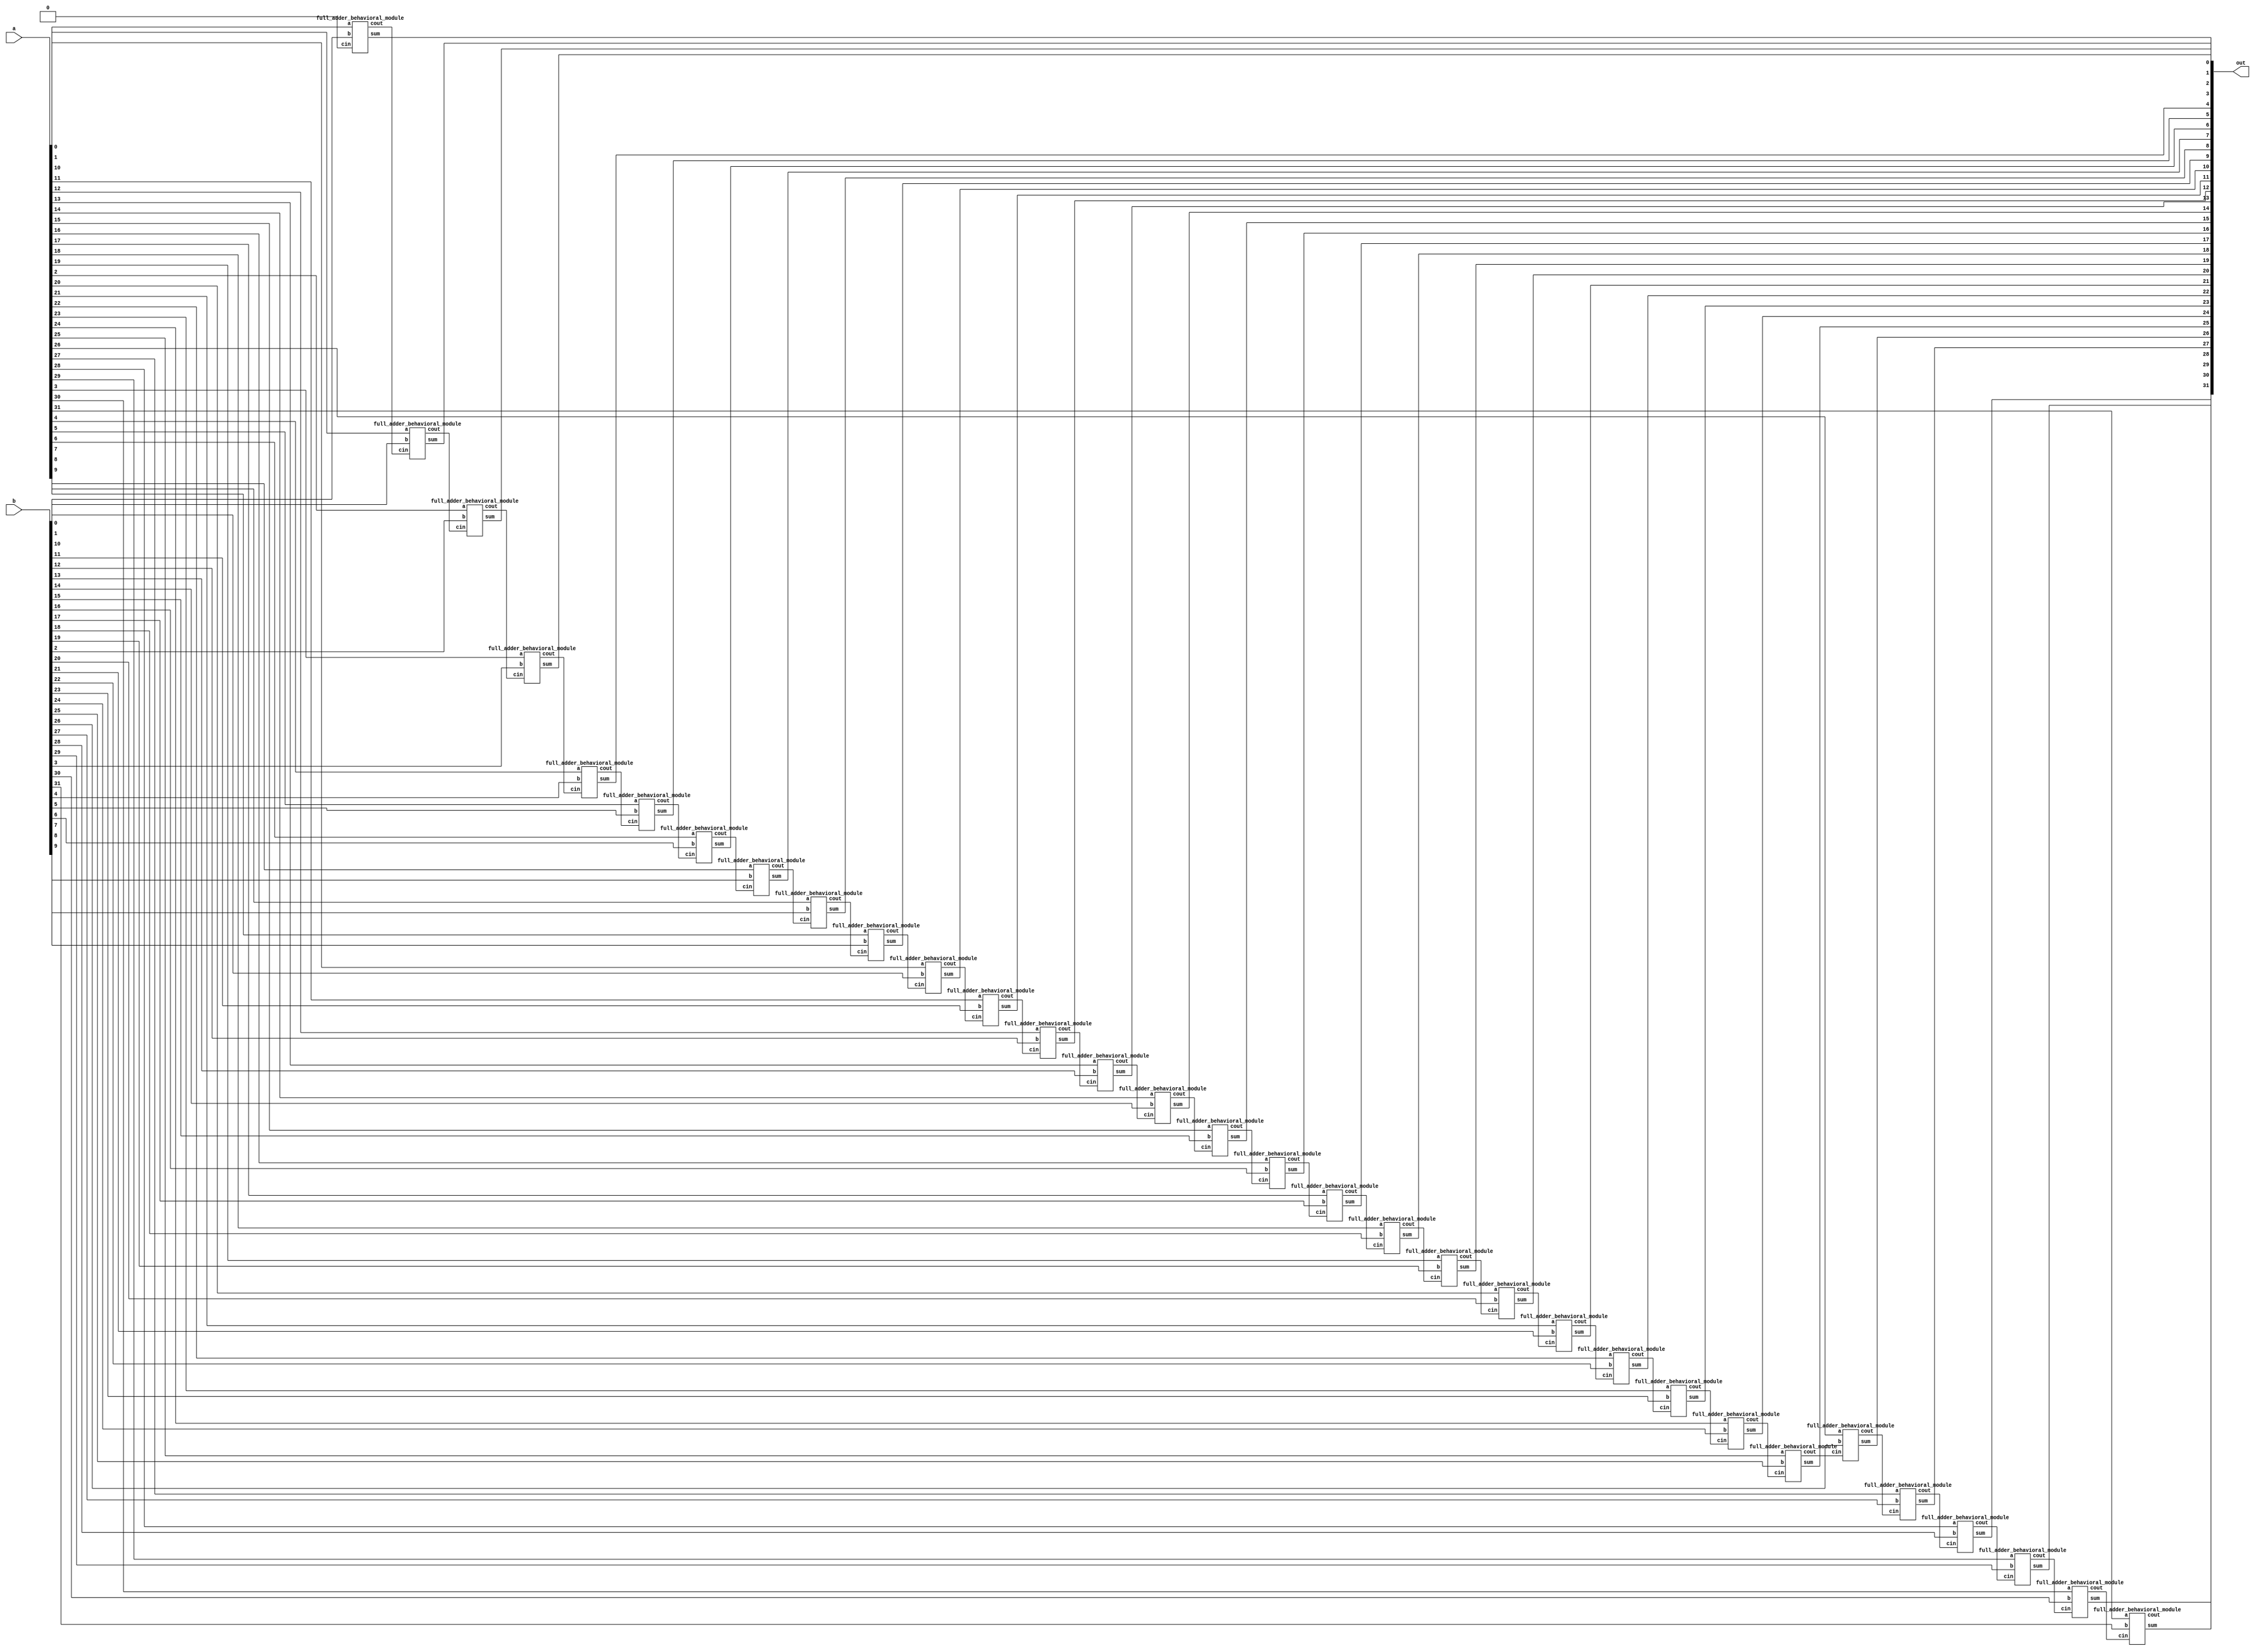
module ADD (

	input [31:0] a, b,
	output [31:0] out

	);

	wire [30:0] cw; //for carry 
	full_adder_behavioral_module FA0(.a(a[0]), .b(b[0]), .cin(1'b0), .sum(out[0]), .cout(cw[0]));
	full_adder_behavioral_module FA1(.a(a[1]), .b(b[1]), .cin(cw[0]), .sum(out[1]), .cout(cw[1]));
	full_adder_behavioral_module FA2(.a(a[2]), .b(b[2]), .cin(cw[1]), .sum(out[2]), .cout(cw[2]));
	full_adder_behavioral_module FA3(.a(a[3]), .b(b[3]), .cin(cw[2]), .sum(out[3]), .cout(cw[3]));
	full_adder_behavioral_module FA4(.a(a[4]), .b(b[4]), .cin(cw[3]), .sum(out[4]), .cout(cw[4]));
	full_adder_behavioral_module FA5(.a(a[5]), .b(b[5]), .cin(cw[4]), .sum(out[5]), .cout(cw[5]));
	full_adder_behavioral_module FA6(.a(a[6]), .b(b[6]), .cin(cw[5]), .sum(out[6]), .cout(cw[6]));
	full_adder_behavioral_module FA7(.a(a[7]), .b(b[7]), .cin(cw[6]), .sum(out[7]), .cout(cw[7]));
	full_adder_behavioral_module FA8(.a(a[8]), .b(b[8]), .cin(cw[7]), .sum(out[8]), .cout(cw[8]));
	full_adder_behavioral_module FA9(.a(a[9]), .b(b[9]), .cin(cw[8]), .sum(out[9]), .cout(cw[9]));
	full_adder_behavioral_module FA10(.a(a[10]), .b(b[10]), .cin(cw[9]), .sum(out[10]), .cout(cw[10]));
	full_adder_behavioral_module FA11(.a(a[11]), .b(b[11]), .cin(cw[10]), .sum(out[11]), .cout(cw[11]));
	full_adder_behavioral_module FA12(.a(a[12]), .b(b[12]), .cin(cw[11]), .sum(out[12]), .cout(cw[12]));
	full_adder_behavioral_module FA13(.a(a[13]), .b(b[13]), .cin(cw[12]), .sum(out[13]), .cout(cw[13]));
	full_adder_behavioral_module FA14(.a(a[14]), .b(b[14]), .cin(cw[13]), .sum(out[14]), .cout(cw[14]));
	full_adder_behavioral_module FA15(.a(a[15]), .b(b[15]), .cin(cw[14]), .sum(out[15]), .cout(cw[15]));
	full_adder_behavioral_module FA16(.a(a[16]), .b(b[16]), .cin(cw[15]), .sum(out[16]), .cout(cw[16]));
	full_adder_behavioral_module FA17(.a(a[17]), .b(b[17]), .cin(cw[16]), .sum(out[17]), .cout(cw[17]));
	full_adder_behavioral_module FA18(.a(a[18]), .b(b[18]), .cin(cw[17]), .sum(out[18]), .cout(cw[18]));
	full_adder_behavioral_module FA19(.a(a[19]), .b(b[19]), .cin(cw[18]), .sum(out[19]), .cout(cw[19]));
	full_adder_behavioral_module FA20(.a(a[20]), .b(b[20]), .cin(cw[19]), .sum(out[20]), .cout(cw[20]));
	full_adder_behavioral_module FA21(.a(a[21]), .b(b[21]), .cin(cw[20]), .sum(out[21]), .cout(cw[21]));
	full_adder_behavioral_module FA22(.a(a[22]), .b(b[22]), .cin(cw[21]), .sum(out[22]), .cout(cw[22]));
	full_adder_behavioral_module FA23(.a(a[23]), .b(b[23]), .cin(cw[22]), .sum(out[23]), .cout(cw[23]));
	full_adder_behavioral_module FA24(.a(a[24]), .b(b[24]), .cin(cw[23]), .sum(out[24]), .cout(cw[24]));
	full_adder_behavioral_module FA25(.a(a[25]), .b(b[25]), .cin(cw[24]), .sum(out[25]), .cout(cw[25]));
	full_adder_behavioral_module FA26(.a(a[26]), .b(b[26]), .cin(cw[25]), .sum(out[26]), .cout(cw[26]));
	full_adder_behavioral_module FA27(.a(a[27]), .b(b[27]), .cin(cw[26]), .sum(out[27]), .cout(cw[27]));
	full_adder_behavioral_module FA28(.a(a[28]), .b(b[28]), .cin(cw[27]), .sum(out[28]), .cout(cw[28]));
	full_adder_behavioral_module FA29(.a(a[29]), .b(b[29]), .cin(cw[28]), .sum(out[29]), .cout(cw[29]));
	full_adder_behavioral_module FA30(.a(a[30]), .b(b[30]), .cin(cw[29]), .sum(out[30]), .cout(cw[30]));
	full_adder_behavioral_module FA31(.a(a[31]), .b(b[31]), .cin(cw[30]), .sum(out[31]), .cout(cout));

endmodule

module full_adder_behavioral_module (
	input a, b, cin,
	output reg sum, cout
	);

	always@(a or b or cin)
	begin
		{cout, sum} <= a + b + cin;
	end

endmodule